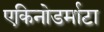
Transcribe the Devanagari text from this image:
एकिनोडर्माटा